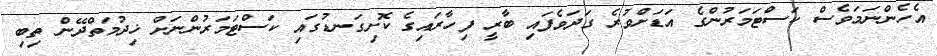
އެހެންނަމަވެސް ކަސްޓަމަރުންގެ އަޑަށްވުރެ ގަދަވެފައި ބާރީ ފިހާރައިގެ ކޮށިގަނޑުގައި ކަސްޓަމަރުންނަށް ޚިދުމަތްދޭން ތިބި